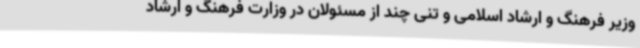
وزیر فرهنگ و ارشاد اسلامی و تنی چند از مسئولان در وزارت فرهنگ و ارشاد